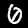
Label: 0